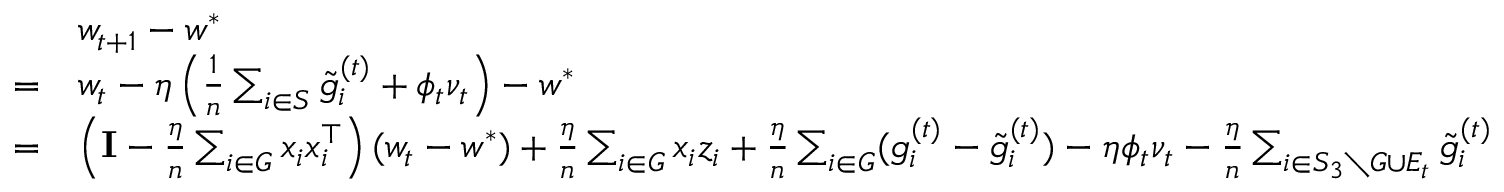
\begin{array} { r l } & { w _ { t + 1 } - w ^ { * } } \\ { = } & { w _ { t } - \eta \left( \frac { 1 } { n } \sum _ { i \in S } \tilde { g } _ { i } ^ { ( t ) } + \phi _ { t } \nu _ { t } \right) - w ^ { * } } \\ { = } & { \left( \mathbf { I } - \frac { \eta } { n } \sum _ { i \in G } x _ { i } x _ { i } ^ { \top } \right) ( w _ { t } - w ^ { * } ) + \frac { \eta } { n } \sum _ { i \in G } x _ { i } z _ { i } + \frac { \eta } { n } \sum _ { i \in G } ( g _ { i } ^ { ( t ) } - \tilde { g } _ { i } ^ { ( t ) } ) - \eta \phi _ { t } \nu _ { t } - \frac { \eta } { n } \sum _ { i \in S _ { 3 } \setminus G \cup E _ { t } } \tilde { g } _ { i } ^ { ( t ) } } \end{array}